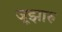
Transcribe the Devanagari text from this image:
जूझारु